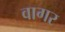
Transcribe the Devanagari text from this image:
वागर